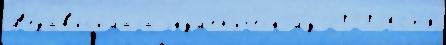
Н'езав'и́с'имаjа экум'ен'ическому 2020 Хот'я́